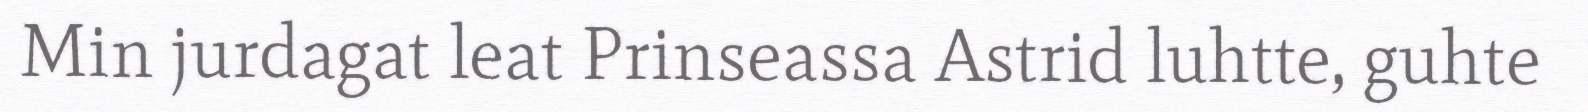
Min jurdagat leat Prinseassa Astrid luhtte, guhte